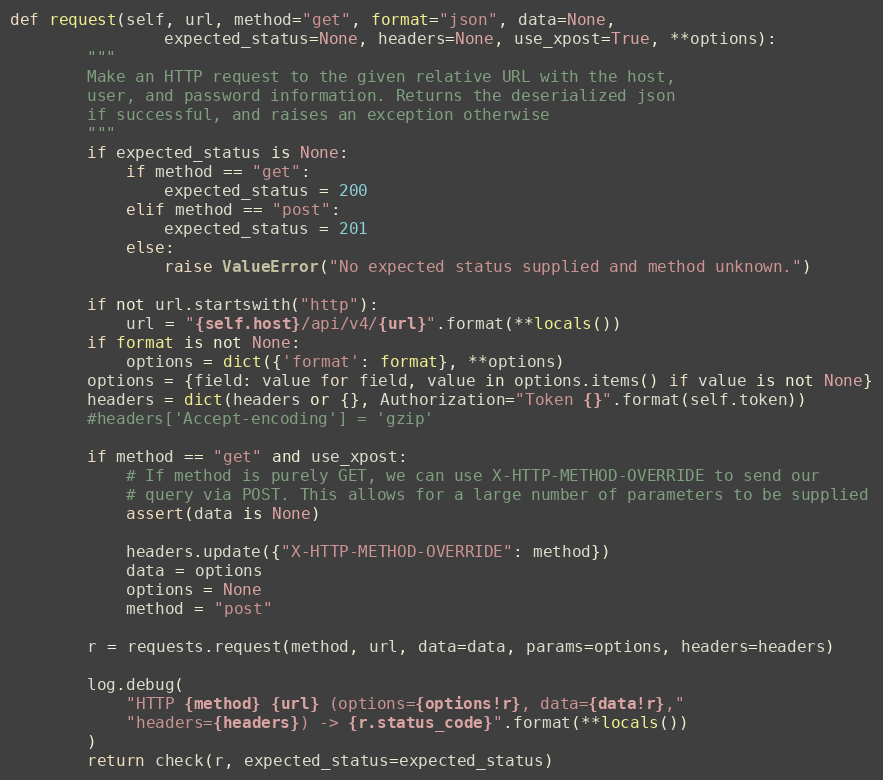
Language: Python
def request(self, url, method="get", format="json", data=None,
                expected_status=None, headers=None, use_xpost=True, **options):
        """
        Make an HTTP request to the given relative URL with the host,
        user, and password information. Returns the deserialized json
        if successful, and raises an exception otherwise
        """
        if expected_status is None:
            if method == "get":
                expected_status = 200
            elif method == "post":
                expected_status = 201
            else:
                raise ValueError("No expected status supplied and method unknown.")

        if not url.startswith("http"):
            url = "{self.host}/api/v4/{url}".format(**locals())
        if format is not None:
            options = dict({'format': format}, **options)
        options = {field: value for field, value in options.items() if value is not None}
        headers = dict(headers or {}, Authorization="Token {}".format(self.token))
        #headers['Accept-encoding'] = 'gzip'

        if method == "get" and use_xpost:
            # If method is purely GET, we can use X-HTTP-METHOD-OVERRIDE to send our
            # query via POST. This allows for a large number of parameters to be supplied
            assert(data is None)

            headers.update({"X-HTTP-METHOD-OVERRIDE": method})
            data = options
            options = None
            method = "post"

        r = requests.request(method, url, data=data, params=options, headers=headers)

        log.debug(
            "HTTP {method} {url} (options={options!r}, data={data!r},"
            "headers={headers}) -> {r.status_code}".format(**locals())
        )
        return check(r, expected_status=expected_status)